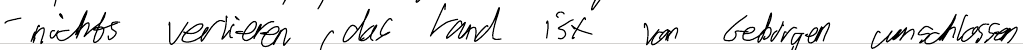
- nicht verlieren, das Land ist von Gebirgen umschlossen